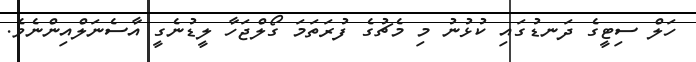
ހަލް ސިޓީގެ ދަނޑުގައި ކުޅުނު މި މެޗުގެ ފުރަތަމަ ގޯލްޖަހާ ލީޑުނެގީ އާސެނަލްއިންނެވެ.